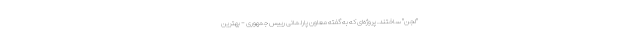
"لجن" ساختند. پروژه‌ای که به گفته معاون پارلمانی رییس جمهوری - بهترین